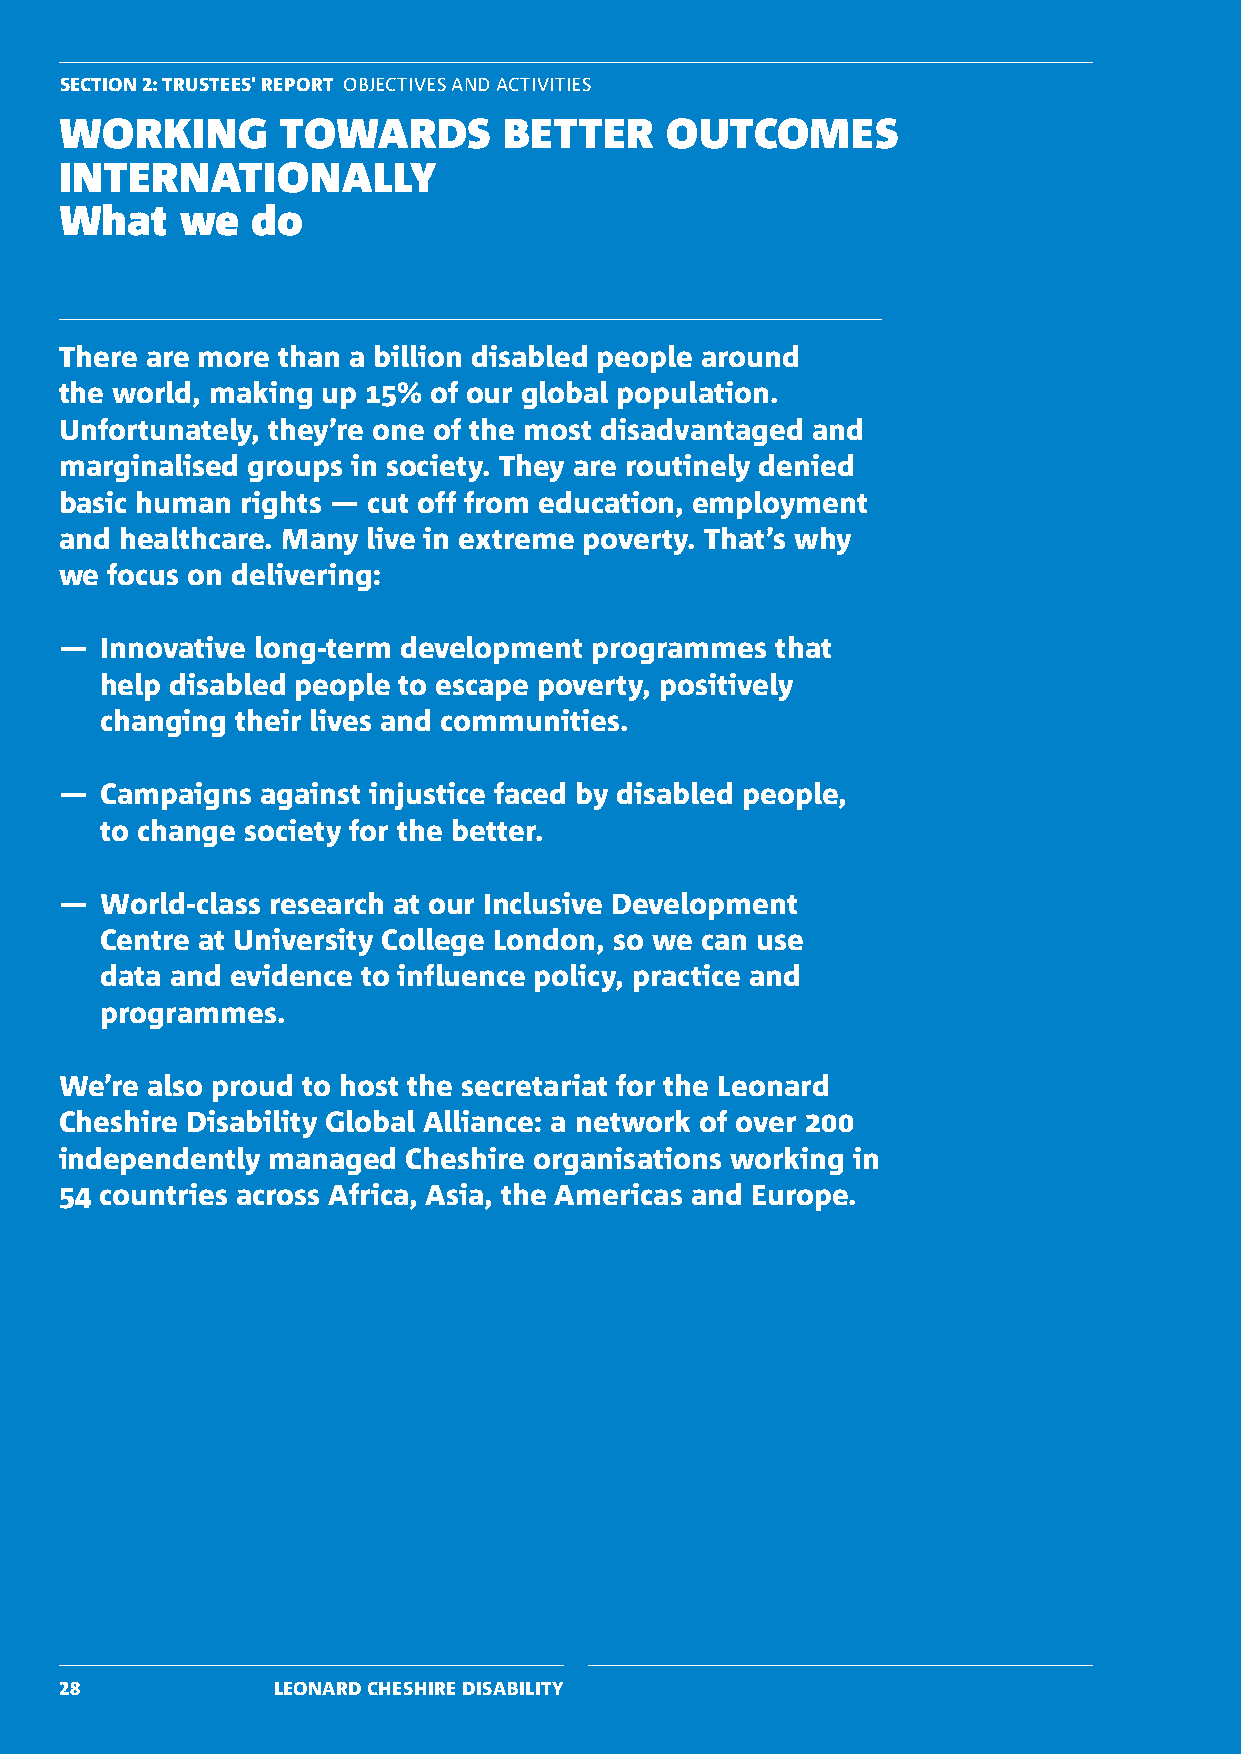
SECTION 2: TRUSTEES' REPORT OBJECTIVES AND ACTIVITIES
 WORKING        TOWARDS       BETTER     OUTCOMES
 INTERNATIONALLY
 What    we   do
 There are more than a billion disabled people around
 the world, making up 15% of our global population.
 Unfortunately, they’re one of the most disadvantaged and
 marginalised groups in society. They are routinely denied
 basic human rights — cut off from education, employment
 and healthcare. Many live in extreme poverty. That’s why
 we focus on delivering:
 —  Innovative long-term development programmes that
 help disabled people to escape poverty, positively
 changing their lives and communities.
 —  Campaigns against injustice faced by disabled people,
 to change society for the better.
 —  World-class research at our Inclusive Development
 Centre at University College London, so we can use
 data and evidence to influence policy, practice and
 programmes.
 We’re also proud to host the secretariat for the Leonard
 Cheshire Disability Global Alliance: a network of over 200
 independently managed  Cheshire organisations working in
 54 countries across Africa, Asia, the Americas and Europe.
 28            LEONARD CHESHIRE DISABILITY